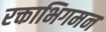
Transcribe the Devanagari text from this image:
रक्ताभिगमन